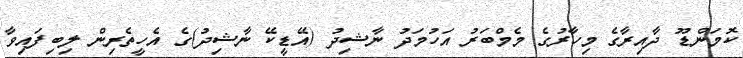
ކޮމަންޑޫ ދާއިރާގެ މިހާރުގެ މެމްބަރު އަހުމަދު ނާޝިދު (އޭޑީކޭ ނާޝިދު)ގެ އެހީތެރިން ލިބިފައިވާ